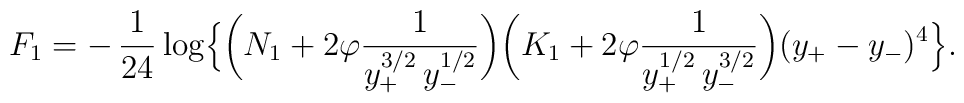
F_1=-\,\frac{1}{24}\log\Bigl\{\biggl(N_1+2\varphi\frac{1}{y_+^{3/2}\,y_-^{1/2}}\biggr)\biggl(K_1+2\varphi\frac{1}{y_+^{1/2}\,y_-^{3/2}}\biggr)(y_+-y_-)^4\Bigr\}.